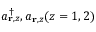
a _ { { \bf r } , z } ^ { \dagger } , a _ { { \bf r } , z } ( z = 1 , 2 )